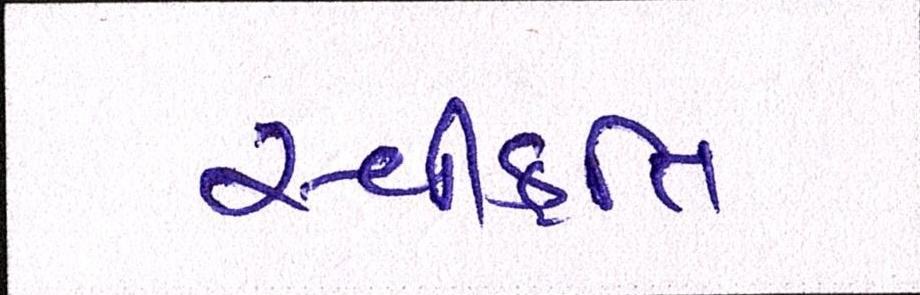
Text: સ્વીકૃતિ